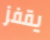
يقفز